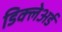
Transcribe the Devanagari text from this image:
डिक्‍लेअर्ड